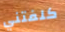
كلفتني